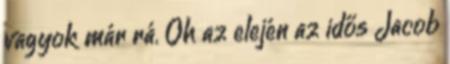
vagyok már rá. Oh az elején az idős Jacob